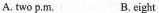
A. two p.M. B. eight